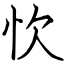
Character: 忺